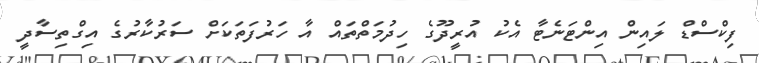
ފިކްސްޑް ލައިން އިންޓަނެޓާ އެކު އުރީދޫގެ ހިދުމަތްތައް އާ ހަރުފަތަކަށް ސަރުކާރުގެ އިގްތިސާދީ